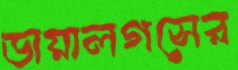
ডায়ালগসের